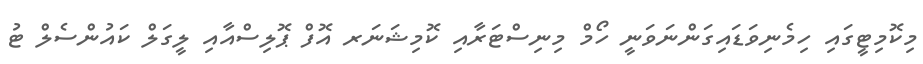
މިކޮމިޓީގައި ހިމެނިވަޑައިގަންނަވަނީ ހޯމް މިނިސްޓަރާއި ކޮމިޝަނަރ އޮފް ޕޮލިސްއާއި ލީގަލް ކައުންސެލް ޓު